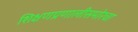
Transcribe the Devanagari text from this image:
शिक्षणप्रणालीसमोरचा